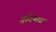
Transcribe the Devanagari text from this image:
त्रुटिमय